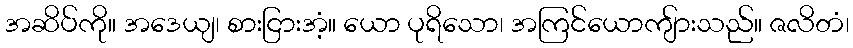
အဆိပ်ကို။ အဒေယျ၊ စားငြားအံ့။ ယော ပုရိသော၊ အကြင်ယောကျ်ားသည်။ ဇလိတံ၊